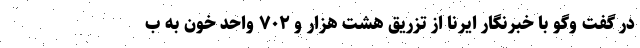
در گفت وگو با خبرنگار ایرنا از تزریق هشت هزار و ۷۰۲ واحد خون به ب